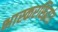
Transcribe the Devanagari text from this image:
भास्करसिद्धांत